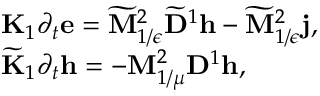
\begin{array} { r l } & { { \bf K } _ { 1 } \partial _ { t } \mathbf { e } = \widetilde { \mathbf { M } } _ { 1 / \epsilon } ^ { 2 } \widetilde { \mathbf { D } } ^ { 1 } \mathbf { h } - \widetilde { \mathbf { M } } _ { 1 / \epsilon } ^ { 2 } \mathbf { j } , } \\ & { \widetilde { \bf K } _ { 1 } \partial _ { t } \mathbf { h } = - \mathbf { M } _ { 1 / \mu } ^ { 2 } \mathbf { D } ^ { 1 } \mathbf { h } , } \end{array}